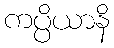
ကပ္ပိယာနိ